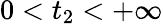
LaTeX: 0<t_{2}<+\infty